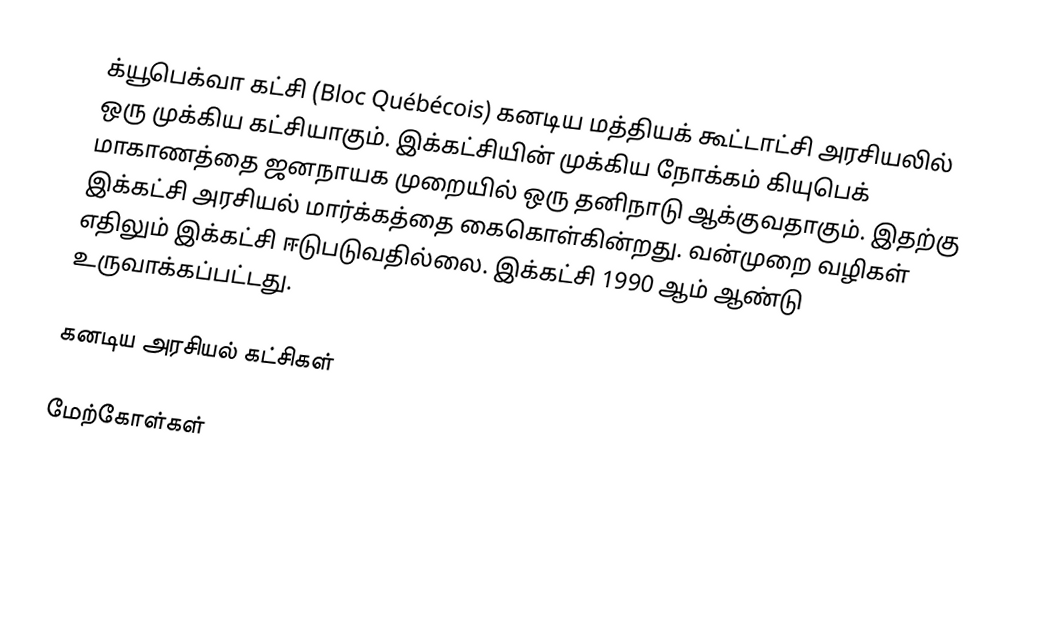
க்யூபெக்வா கட்சி (Bloc Québécois) கனடிய மத்தியக் கூட்டாட்சி அரசியலில் ஒரு முக்கிய கட்சியாகும். இக்கட்சியின் முக்கிய நோக்கம் கியுபெக் மாகாணத்தை ஜனநாயக முறையில் ஒரு தனிநாடு ஆக்குவதாகும். இதற்கு இக்கட்சி அரசியல் மார்க்கத்தை கைகொள்கின்றது. வன்முறை வழிகள் எதிலும் இக்கட்சி ஈடுபடுவதில்லை. இக்கட்சி 1990 ஆம் ஆண்டு உருவாக்கப்பட்டது.

கனடிய அரசியல் கட்சிகள்

மேற்கோள்கள்